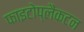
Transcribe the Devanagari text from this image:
फाइटोप्लैंकटन